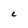
Character: L